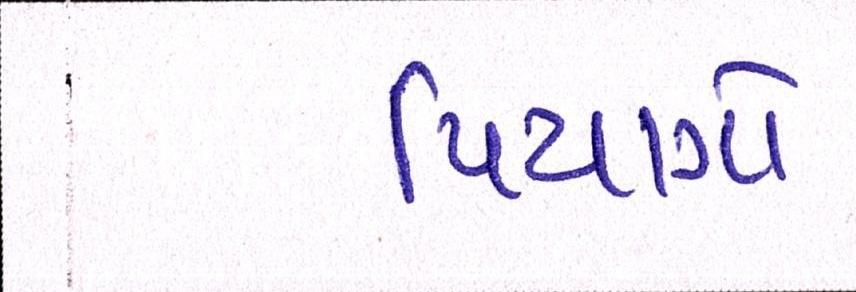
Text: પિયાગો